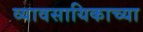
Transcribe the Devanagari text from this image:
व्यावसायिकाच्या